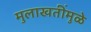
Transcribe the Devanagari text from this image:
मुलाखतींमुळे